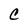
Character: c